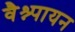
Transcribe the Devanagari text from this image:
वैश्न्पायन